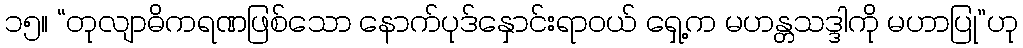
၁၅။ “တုလျာဓိကရဏဖြစ်သော နောက်ပုဒ်နှောင်းရာဝယ် ရှေ့က မဟန္တသဒ္ဒါကို မဟာပြု”ဟု